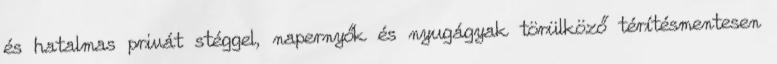
és hatalmas privát stéggel, napernyők és nyugágyak törülköző térítésmentesen